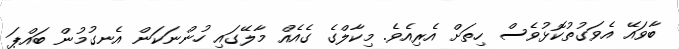
ބާވައޭ އެވަގުތުކޮޅުވެސް ހިތަށް އެރިއެވެ. މިކާލްގެ ގެއެއް މާލޭގައި ހުންނަކަން އެނގުމުން ބައްޕަ